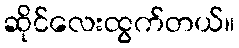
ဆိုင်လေးထွက်တယ်။